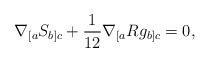
LaTeX: \begin{align*}\nabla_{[a}S_{b]c}+\frac{1}{12}\nabla_{[a}Rg_{b]c}=0,\end{align*}